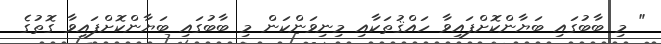
" މި ބާބުގައި ބަޔާންކޮށްފައިވާ ހައްޤުތަކާއި މިނިވަންކަން މި ބާބުގައި ބަޔާންކޮށްފައިވާ ގޮތުގެ